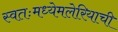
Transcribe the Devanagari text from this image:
स्वतःमध्येमलेरियाची